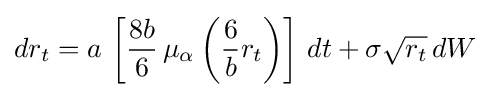
dr_{t}=a\,\left[{\frac {8b}{6}}\,\mu _{\alpha }\left({\frac {6}{b}}r_{t}\right)\right]\,dt+\sigma {\sqrt {r_{t}}}\,dW